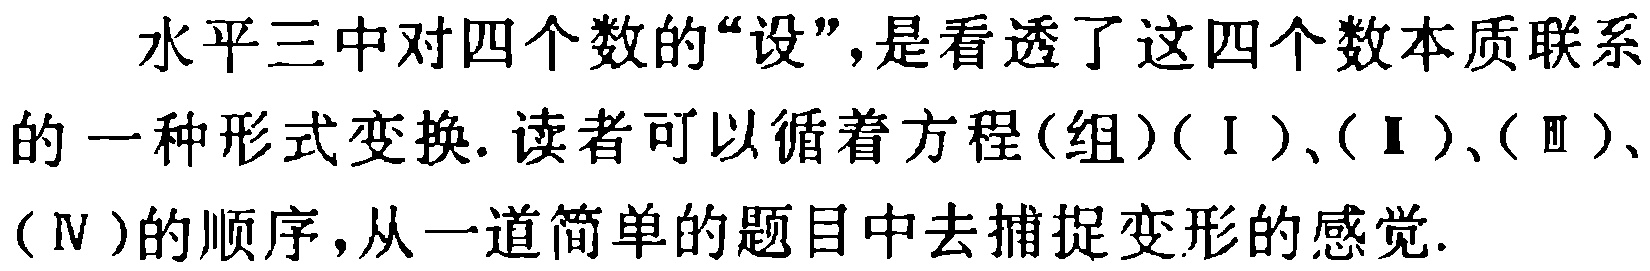
水平三中对四个数的“设”，是看透了这四个数本质联系的一种形式变换. 读者可以循着方程(组)(Ⅰ)、(Ⅱ)、(Ⅲ)、(Ⅳ)的顺序，从一道简单的题目中去捕捉变形的感觉.